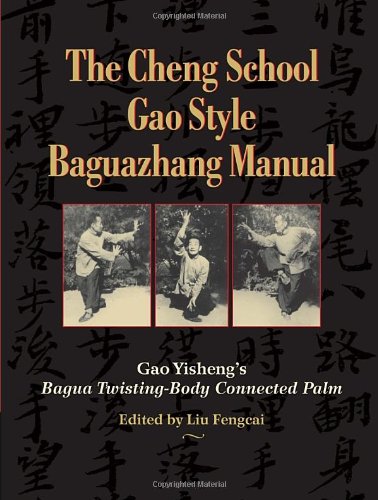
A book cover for The Cheng School Gao Style Baguazhang Manual: Gao Yisheng's Bagua Twisting-Body Connected Palm; Gao Yisheng; Religion & Spirituality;